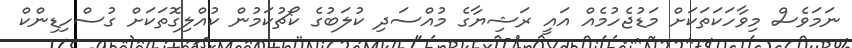
ނަމަވެސް މިވާހަކަތަކަށް މަޑުޖެހުމެއް އައީ ރަޝިޔާގެ މުއްސަދި ކުލަބުގެ ކޯޗުކަމުން ކުއްލިގޮތަކަށް ގުސްހިޑިންކް